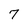
Character: 7